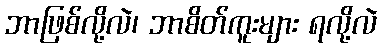
ဘာဖြစ်လို့လဲ၊ ဘာစိတ်ကူးများ ရလို့လဲ